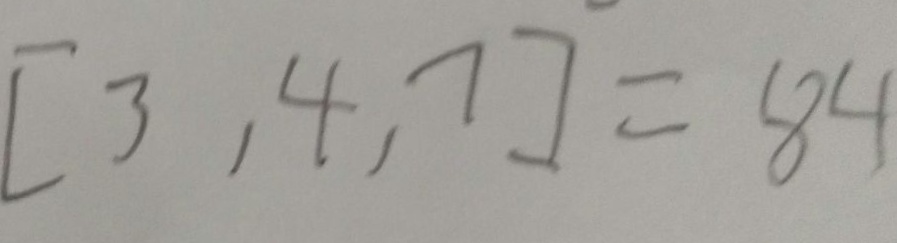
[ 3 , 4 , 7 ] = 8 4